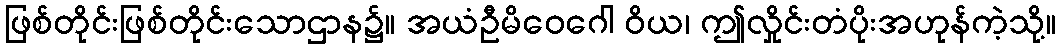
ဖြစ်တိုင်းဖြစ်တိုင်းသောဌာန၌။ အယံဦမိဝေဂေါ ဝိယ၊ ဤလှိုင်းတံပိုးအဟုန်ကဲ့သို့။